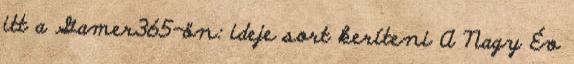
itt a Gamer365-ön: ideje sort keríteni A Nagy Év